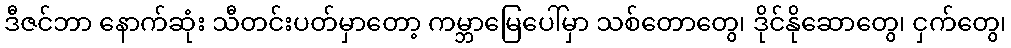
ဒီဇင်ဘာ နောက်ဆုံး သီတင်းပတ်မှာတော့ ကမ္ဘာမြေပေါ်မှာ သစ်တောတွေ၊ ဒိုင်နိုဆောတွေ၊ ငှက်တွေ၊